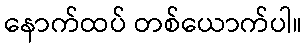
နောက်ထပ် တစ်ယောက်ပါ။